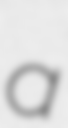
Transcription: a